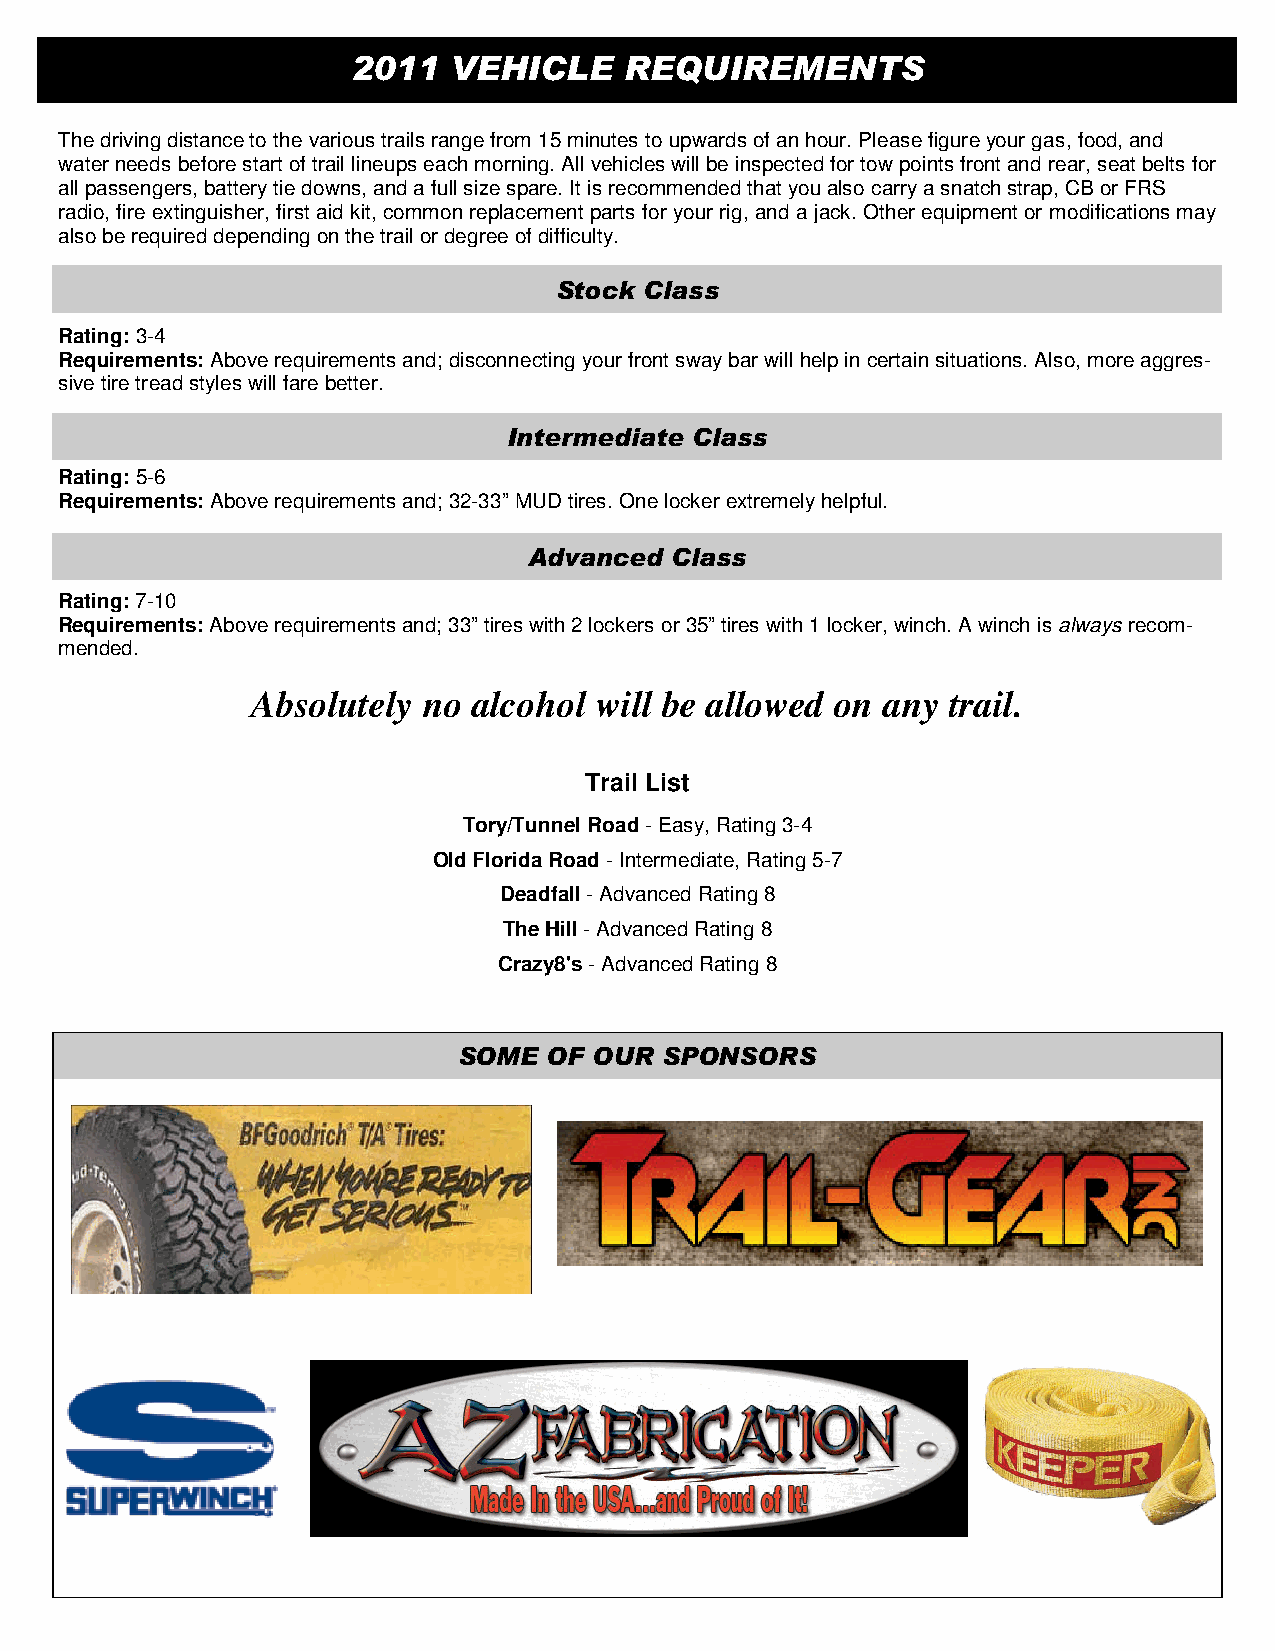
2011   VEHICLE    REQUIREMENTS
 The driving distance to the various trails range from 15 minutes to upwards of an hour. Please figure your gas, food, and
 water needs before start of trail lineups each morning. All vehicles will be inspected for tow points front and rear, seat belts for
 all passengers, battery tie downs, and a full size spare. It is recommended that you also carry a snatch strap, CB or FRS
 radio, fire extinguisher, first aid kit, common replacement parts for your rig, and a jack. Other equipment or modifications may
 also be required depending on the trail or degree of difficulty.
 Stock Class
 Rating: 3-4
 Requirements: Above requirements and; disconnecting your front sway bar will help in certain situations. Also, more aggres-
 sive tire tread styles will fare better.
 Intermediate Class
 Rating: 5-6
 Requirements: Above requirements and; 32-33” MUD tires. One locker extremely helpful.
 Advanced Class
 Rating: 7-10
 Requirements: Above requirements and; 33” tires with 2 lockers or 35” tires with 1 locker, winch. A winch is always recom-
 mended.
 Absolutely no alcohol will be allowed on  any trail.
 Trail List
 Tory/Tunnel Road - Easy, Rating 3-4
 Old Florida Road - Intermediate, Rating 5-7
 Deadfall - Advanced Rating 8
 The Hill - Advanced Rating 8
 Crazy8's - Advanced Rating 8
 SOME  OF OUR  SPONSORS